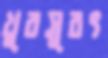
খুবসুরৎ